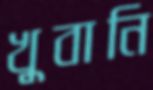
খুবানি